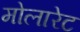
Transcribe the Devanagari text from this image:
मोलारेट